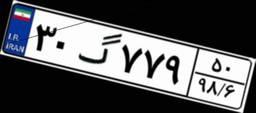
۳۰گ۷۷۹۵۰